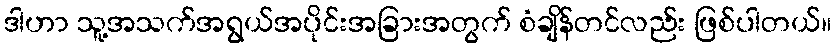
ဒါဟာ သူ့အသက်အရွယ်အပိုင်းအခြားအတွက် စံချိန်တင်လည်း ဖြစ်ပါတယ်။